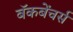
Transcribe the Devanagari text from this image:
बॅकबेंचर्स